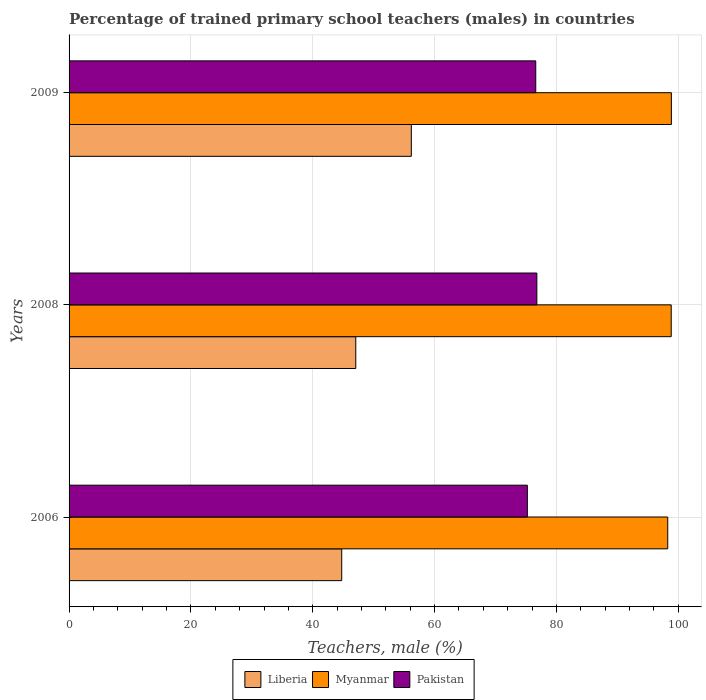
| Years | Liberia | Myanmar | Pakistan |
 | --- | --- | --- | --- |
 | 2006 | 44.8 | 98.3 | 75.2 |
 | 2008 | 47.1 | 98.8 | 76.8 |
 | 2009 | 56.2 | 98.9 | 76.6 |